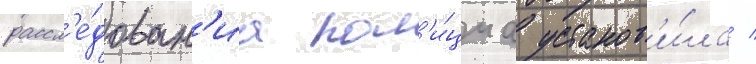
рассл'е́дован'иа пол'и́циа установ'и́ла /